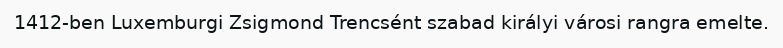
1412-ben Luxemburgi Zsigmond Trencsént szabad királyi városi rangra emelte.